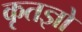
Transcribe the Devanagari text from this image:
कृतज्ञो